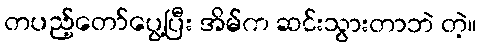
တပည့်တော်ပွေ့ပြီး အိမ်က ဆင်းသွားတာဘဲ တဲ့။